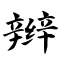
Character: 辫